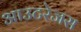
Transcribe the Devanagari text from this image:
आउटरेजस